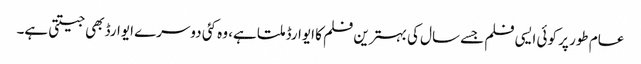
عام طور پر کوئی ایسی فلم جسے سال کی بہترین فلم کا ایوارڈ ملتا ہے، وہ کئی دوسرے ایوارڈ بھی جیتتی ہے۔